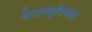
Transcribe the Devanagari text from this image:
थेराप्युटिक्स